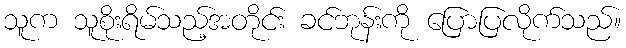
သူက သူစိုးရိမ်သည့်အတိုင်း ခင်ဘုန်းကို ပြောပြလိုက်သည်။